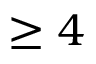
\geq 4